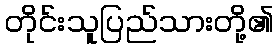
တိုင်းသူပြည်သားတို့၏